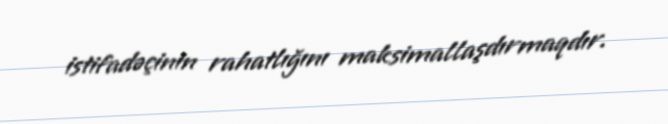
istifadəçinin rahatlığını maksimallaşdırmaqdır.